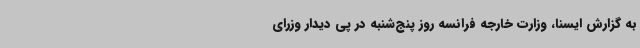
به گزارش ایسنا، وزارت خارجه فرانسه روز پنج‌شنبه در پی دیدار وزرای